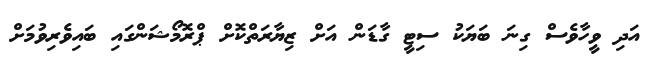
އަދި ވީހާވެސް ގިނަ ބަޔަކު ސިޓީ ގާޑަން އަށް ޒިޔާރަތްކޮށް ޕްރޮމޯޝަންގައި ބައިވެރިވުމަށް